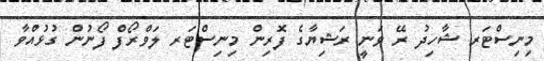
މިނިސްޓަރ ޝާހިދު ރޭ ވަނީ ރަޝިޔާގެ ފޮރިން މިނިސްޓަރ ލަވްރޯފް ފޯނުން ގުޅުއްވާ